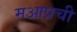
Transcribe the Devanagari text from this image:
मआप्रची